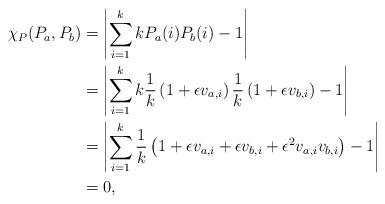
LaTeX: \begin{align*}\chi_P(P_a,P_b) &= \left| \sum_{i=1}^k kP_a(i)P_b(i) - 1 \right| \\&= \left| \sum_{i=1}^k k \frac{1}{k} \left( 1 + \epsilon v_{a,i} \right) \frac{1}{k}\left( 1 + \epsilon v_{b,i} \right) - 1 \right| \\&= \left| \sum_{i=1}^k \frac{1}{k} \left( 1 + \epsilon v_{a,i} + \epsilon v_{b,i} + \epsilon^2 v_{a,i} v_{b,i} \right) - 1 \right| \\&= 0,\end{align*}